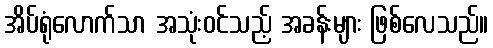
အိပ်ရုံလောက်သာ အသုံးဝင်သည့် အခန်းများ ဖြစ်လေသည်။